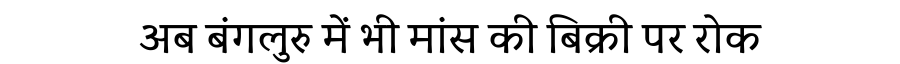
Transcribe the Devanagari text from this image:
अब बंगलुरु में भी मांस की बिक्री पर रोक